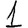
Digit: 1